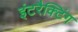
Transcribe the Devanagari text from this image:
इंटरैक्टिंग